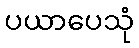
ပယာပေသုံ